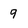
Character: 9